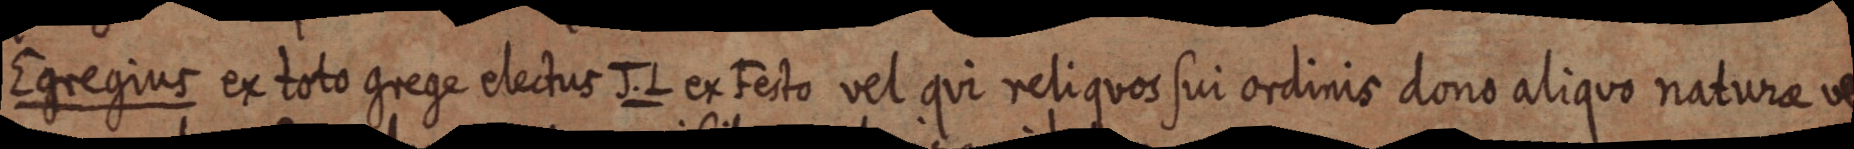
Egregius ex toto grege electus J. L ex Festo vel qui reliquos sui ordinis dono aliquo naturae ve